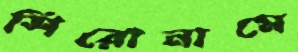
শিরোনামে